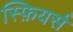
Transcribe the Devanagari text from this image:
स्फ़ियर्स